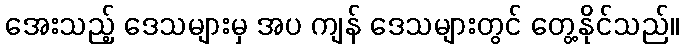
အေးသည့် ဒေသများမှ အပ ကျန် ဒေသများတွင် တွေ့နိုင်သည်။